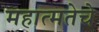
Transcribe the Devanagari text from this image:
महात्मतेचे